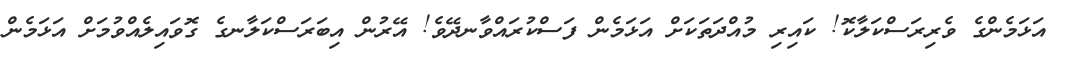
އަޅަމެންގެ ވެރިރަސްކަލާކޮ! ކައިރި މުއްދަތަކަށް އަޅަމެން ފަސްކުރައްވާނދޭވެ! އޭރުން އިބަރަސްކަލާނގެ ގޮވައިލެއްވުމަށް އަޅަމެން